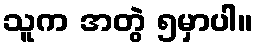
သူက အတွဲ ၅မှာပါ။